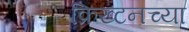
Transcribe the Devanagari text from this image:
क्रिख्टनच्या